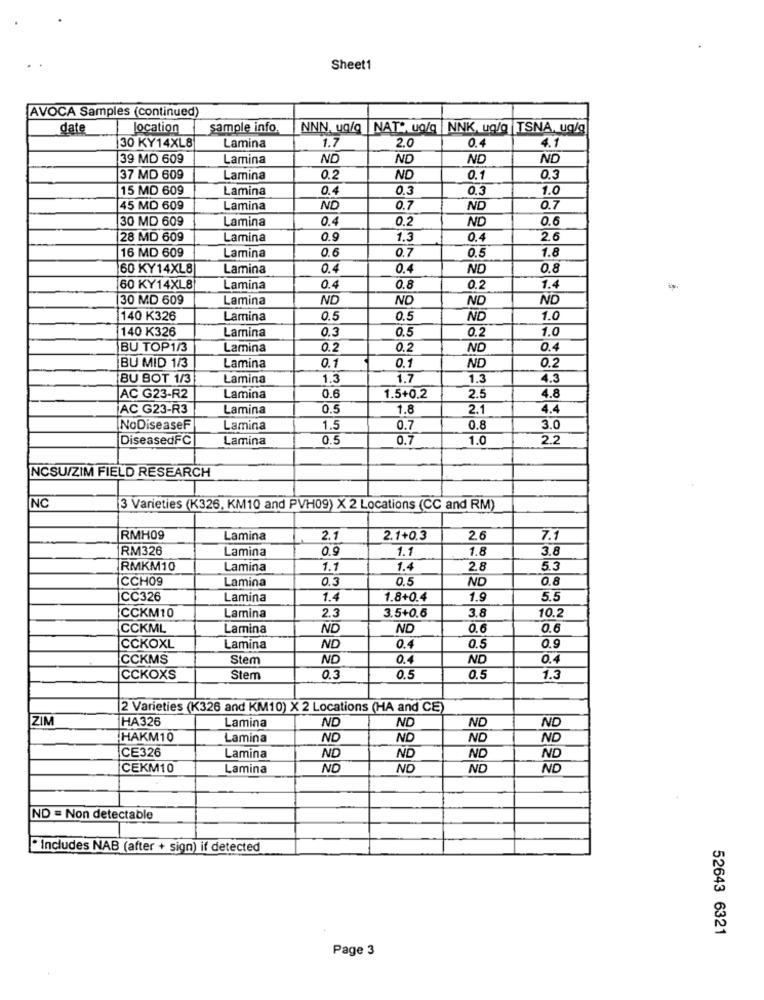
Sheet1
AVOCA Samples (continued)
date
location
sample info.
NNN, ug/g |NAT", ug/q |NNK, ug/g TSNA, ug/g
0.4
30 KY14XL8
Lamina
1.7
2.0
4.1
39 MD 609
Lamina
ND
ND
ND
ND
37 MD 609
Lamina
0.2
ND
0.1
0.3
15 MD 609
Lamina
0.4
0.3
0.3
1.0
45 MD 609
Lamina
ND
0.7
ND
0.7
30 MD 609
Lamina
0.4
0.2
ND
0.6
28 MD 609
Lamina
0.9
1.3
0.4
2.6
16 MD 609
0.6
0.7
1.8
Lamina
0.5
60 KY14XL8
Lamina
0.4
0.4
ND
0.8
60 KY14XL8
Lamina
0.4
0.8
0.2
1.4
30 MD 609
Lamina
ND
NO
ND
ND
140 K326
Lamina
0.5
0.5
ND
1.0
Lamina
0.3
0.5
0.2
1.0
140 K326
BU TOP1/3
Lamina
0.2
0.2
ND
0.4
0.1
BU MID 1/3
Lamina
0.1
ND
0.2
BU BOT 1/3
Lamina
1.3
1.7
1.3
4.3
AC G23-R2
Lamina
0.6
1.5+0.2
2.5
4.8
AC G23-R3
Lamina
0.5
1.8
2.1
4.4
NoDiseaseF
Lamina
1.5
0.7
0.8
3.0
DiseasedFC
Lamina
0.5
0.7
1.0
2.2
NCSU/ZIM FIELD RESEARCH
NC
3 Varieties (K326, KM10 and PVH09) X 2 Locations (CC and RM)
RMH09
Lamina
2.1
2.1+0.3
2.6
7.1
RM326
Lamina
0.9
1.1
1.8
38
RMKM10
Lamina
1.1
1.4
2.8
5.3
CCH09
0.3
0.5
ND
0.8
Lamina
CC326
Lamina
1.4
1.8+0.4
1.9
5.5
CCKM10
Lamina
2.3
3.5+0.6
3.8
10.2
CCKML
Lamina
ND
ND
0.6
0.6
CCKOXL
Lamina
ND
0.4
0.5
0.9
CCKMS
Stem
ND
0.4
ND
0.4
CCKOXS
Stem
0.3
0.5
0.5
1.3
2 Varieties (K326 and KM10) X 2 Locations (HA and CE)
ZIM
HA326
ND
Lamina
ND
ND
ND
HAKM10
Lamina
ND
ND
NO
ND
CE326
Lamina
ND
ND
ND
ND
CEKM10
Lamina
ND
ND
ND
ND
ND = Non detectable
· Includes NAB (after + sign) if detected
52643 6321
Page 3